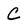
Character: C